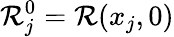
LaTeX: {\cal R}_{j}^{0}={\cal R}(x_{j},0)